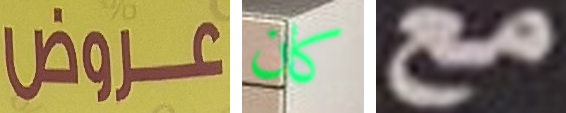
عروض كان مع